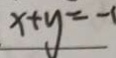
x + y = -